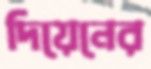
দিয়েনের